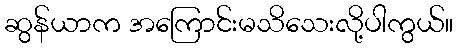
ဆွန်ယာက အကြောင်းမသိသေးလို့ပါကွယ်။